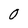
Character: O